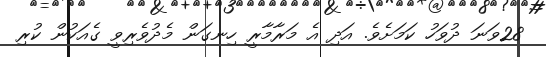
28ވަނަ ދުވަހު ކަމަށެވެ. އަދި އެ މަރާާމާރީ ހިނގަން މެދުވެރިވީ ގެއަކުން ކުރި